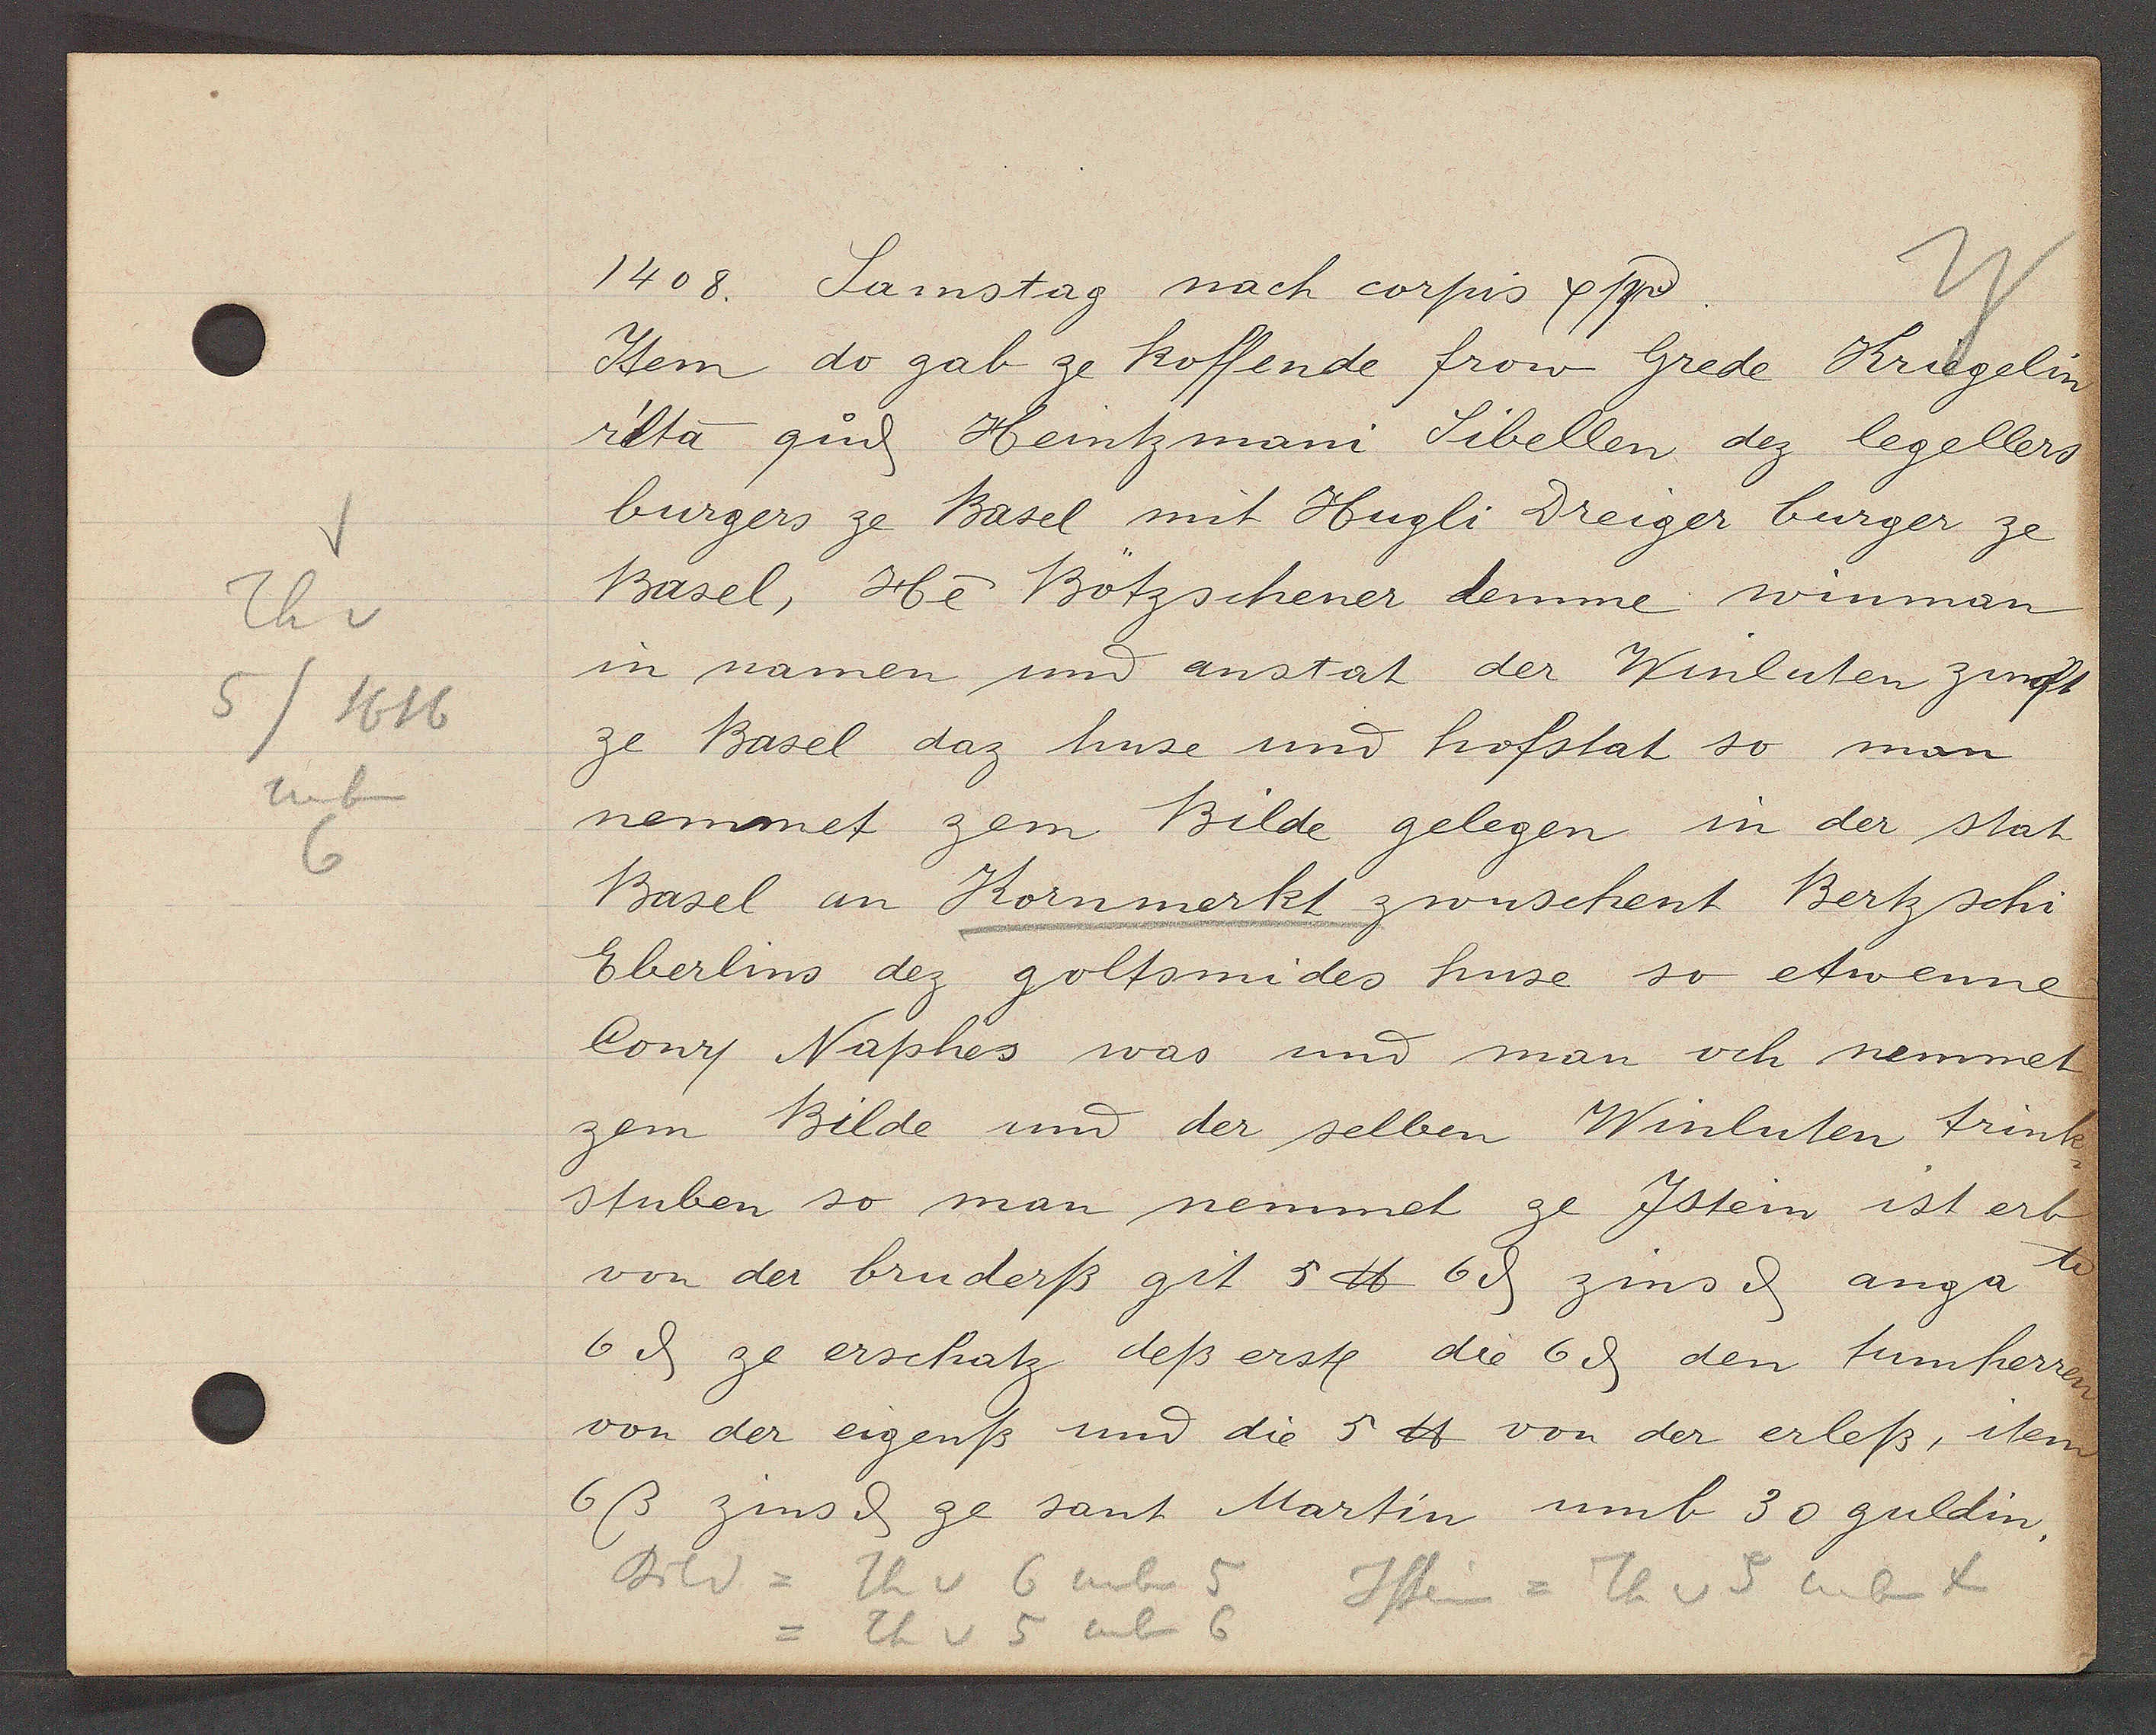
Transcript:
Th v
5/1616
neben
6

1408. Samstag nach corpis xsti.

Item do gab ze koffende frow Grede Kriegelin
relta qud Heintzmani Sibellen dez legellers
burgers ze Basel mit Hugli Dreiger burger ze
Basel, He Bötzschener demme winman
in namen und anstat der Winluten zinst
ze Basel daz huse und hofstat so man
nemmet zem Bilde gelegen in der stat
Basel an Kornmerkt zwuschent Bertz schi
Eberlins dez goltsmides huse so ettwenne
Conr. Naphes was und man och nemmet
zem Bilde und der selben Winluten trink
stuben so man nemmet ze Jstein ist erb
von der bruderß git 5 ℔ 6 ȡ zins ȡ anga te
6ȡ ze erschatz deß erst die 6ȡ den tumherren
von der eigenß und die 5 ℔ von der erleß, item
6ß zins ȡ ze sant Martin umb 30 guldin.

Bild = Th v 6 neben 5
Jstein = Th v 5 neben 4
=Th v 5 neben 6